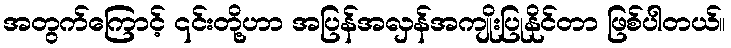
အတွက်ကြောင့် ၎င်းတို့ဟာ အပြန်အလှန်အကျိုးပြုနိုင်တာ ဖြစ်ပါတယ်။